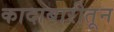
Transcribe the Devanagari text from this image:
कादाबारीतून